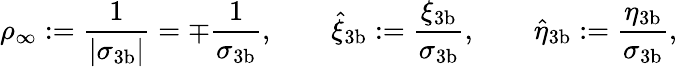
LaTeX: \rho_{\infty}:=\frac{1}{|\sigma_{3\mathrm{b}}|}=\mp\frac{1}{\sigma_{3\mathrm{b}}},\qquad\hat{\xi}_{3\mathrm{b}}:=\frac{\xi_{3\mathrm{b}}}{\sigma_{3\mathrm{b}}},\qquad\hat{\eta}_{3\mathrm{b}}:=\frac{\eta_{3\mathrm{b}}}{\sigma_{3\mathrm{b}}},